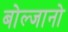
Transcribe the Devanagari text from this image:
बोल्जानो